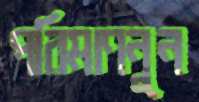
পরিমাণনুন